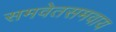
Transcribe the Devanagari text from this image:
समवेतसमवाय